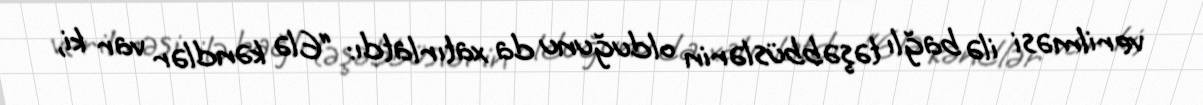
verilməsi ilə bağlı təşəbbüslərin olduğunu da xatırlatdı: “Elə kəndlər var ki,